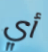
أي